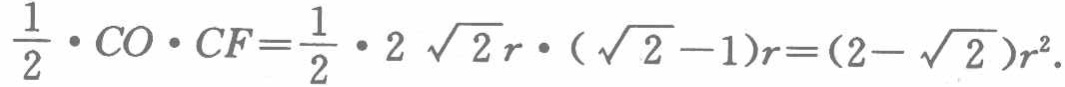
$\frac{1}{2}\cdot CO\cdot CF=\frac{1}{2}\cdot 2\sqrt{2}r\cdot (\sqrt{2}-1)r=(2 - \sqrt{2})r^{2}.$